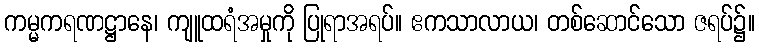
ကမ္မကရဏဋ္ဌာနေ၊ ကျူထရံအမှုကို ပြုရာအရပ်။ ဧကသာလာယ၊ တစ်ဆောင်သော ဇရပ်၌။